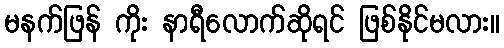
မနက်ဖြန် ကိုး နာရီလောက်ဆိုရင် ဖြစ်နိုင်မလား။